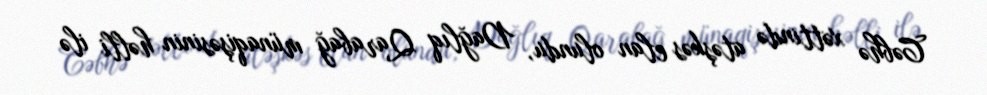
Cəbhə xəttində atəşkəs elan olundu, Dağlıq Qarabağ münaqişəsinin həlli ilə